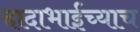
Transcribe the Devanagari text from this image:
दादाभाईंच्याच